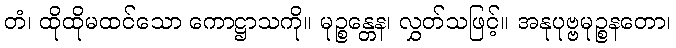
တံ၊ ထိုထိုမထင်သော ကောဋ္ဌာသကို။ မုဉ္စန္တေန၊ လွှတ်သဖြင့်။ အနုပုဗ္ဗမုဉ္စနတော၊